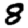
Digit: 8